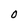
Character: O